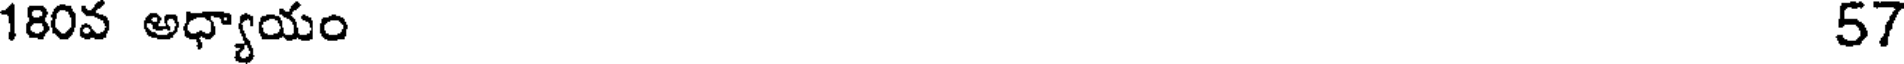
180వ అధ్యాయం 57